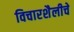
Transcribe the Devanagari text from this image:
विचारशैलीचे